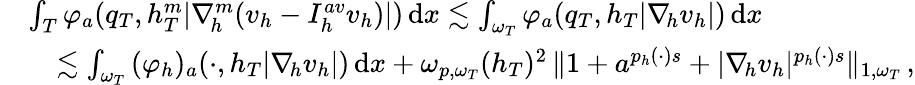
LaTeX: \begin{array}{rl}&{\int_{T}{\varphi_{a}(q_{T},h_{T}^{m}\vert\nabla_{\! h}^{m}(v_{h}-I_{h}^{\textit{av}}v_{h})\vert)\, \mathrm{d}x}\lesssim\int_{\omega_{T}}{\varphi_{a}(q_{T},h_{T}\vert\nabla_{\! h}v_{h}\vert)\, \mathrm{d}x}}\\ &{\quad\lesssim\int_{\omega_{T}}{(\varphi_{h})_{a}(\cdot,h_{T}\vert\nabla_{\! h}v_{h}\vert)\, \mathrm{d}x}+\omega_{p,\omega_{T}}(h_{T})^{2}\, \| 1+a^{p_{h}(\cdot)s}+\vert\nabla_{\! h}v_{h}\vert^{p_{h}(\cdot)s}\| _{1,\omega_{T}}\, ,}\end{array}